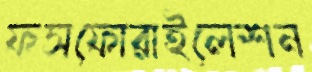
ফসফোরাইলেশন